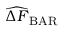
\widehat { \Delta F } _ { \mathrm { B A R } }